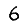
Digit: 6